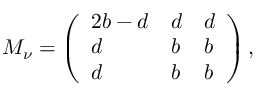
{ \cal M } _ { \nu } = \left( \begin{array} { l l l } { { 2 b - d } } & { { d } } & { { d } } \\ { { d } } & { { b } } & { { b } } \\ { { d } } & { { b } } & { { b } } \end{array} \right) ,